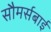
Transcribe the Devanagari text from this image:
सौमर्सबाई